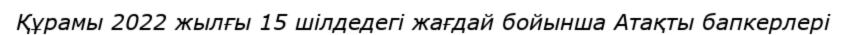
Құрамы 2022 жылғы 15 шілдедегі жағдай бойынша Атақты бапкерлері